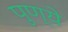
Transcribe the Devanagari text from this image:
पुण्ये